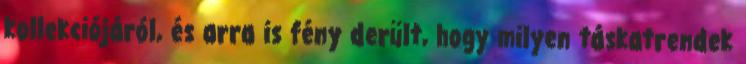
kollekciójáról, és arra is fény derült, hogy milyen táskatrendek